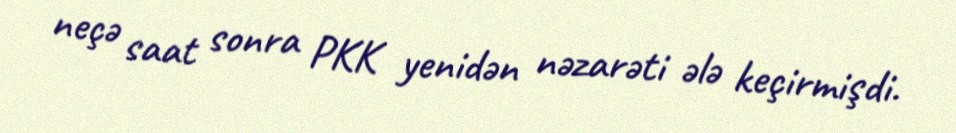
neçə saat sonra PKK yenidən nəzarəti ələ keçirmişdi.